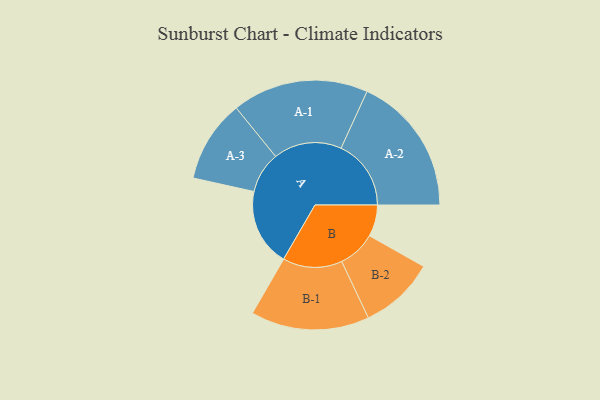
{"axis": {"x": "Segment", "y": "Value"}, "legend": ["", "A", "B"], "data": [{"x": "A", "y": 290, "type": ""}, {"x": "B", "y": 118, "type": ""}, {"x": "A-1", "y": 255, "type": "A"}, {"x": "A-2", "y": 262, "type": "A"}, {"x": "A-3", "y": 154, "type": "A"}, {"x": "B-1", "y": 222, "type": "B"}, {"x": "B-2", "y": 141, "type": "B"}]}